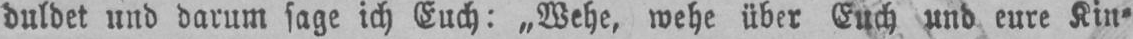
duldet und darum sage ich Euch: „Wehe, wehe über Euch und eure Kin⸗